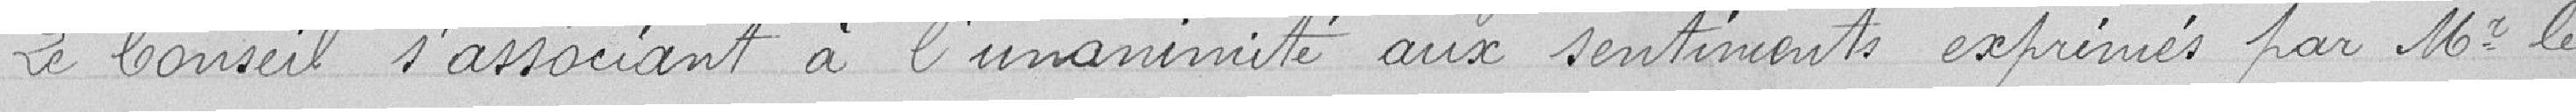
Le Conseil s'associant à l'unanimité aux sentiments exprimés par Mr. le